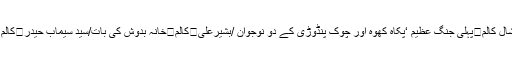
/محمد انشال کالم	پہلی جنگ عظیم ‘پکاہ کھوہ اور چوک پنڈوڑی کے دو نوجوان /بشیرعلی	کالم	خانہ بدوش کی بات/سید سیماب حیدر	کالم	دھرنا !